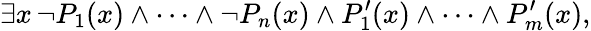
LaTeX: \exists x\, \neg P_{1}(x)\land\cdots\land\neg P_{n}(x)\land P_{1}^{\prime}(x)\land\cdots\land P_{m}^{\prime}(x),